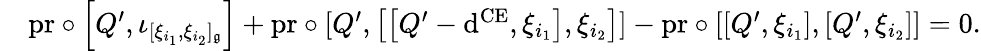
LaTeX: \begin{array}{rl}&{\mathrm{pr}\circ\left[Q^{\prime},\iota_{[\xi_{i_{1}},\xi_{i_{2}}]_{\mathfrak{g}}}\right]+\mathrm{pr}\circ[Q^{\prime},\left[\left[Q^{\prime}-\mathrm{d}^{\mathrm{CE}},\xi_{i_{1}}\right],\xi_{i_{2}}\right]]-\mathrm{pr}\circ\left[\left[Q^{\prime},\xi_{i_{1}}\right],\left[Q^{\prime},\xi_{i_{2}}\right]\right]=0.}\end{array}